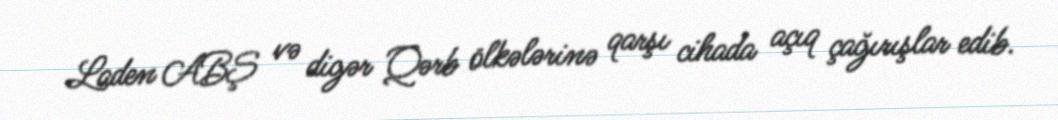
Laden ABŞ və digər Qərb ölkələrinə qarşı cihada açıq çağırışlar edib.